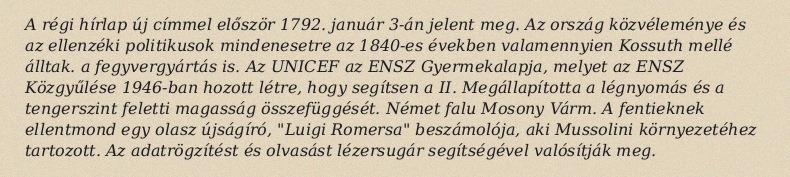
A régi hírlap új címmel először 1792. január 3-án jelent meg. Az ország közvéleménye és az ellenzéki politikusok mindenesetre az 1840-es években valamennyien Kossuth mellé álltak. a fegyvergyártás is. Az UNICEF az ENSZ Gyermekalapja, melyet az ENSZ Közgyűlése 1946-ban hozott létre, hogy segítsen a II. Megállapította a légnyomás és a tengerszint feletti magasság összefüggését. Német falu Mosony Várm. A fentieknek ellentmond egy olasz újságíró, "Luigi Romersa" beszámolója, aki Mussolini környezetéhez tartozott. Az adatrögzítést és olvasást lézersugár segítségével valósítják meg.